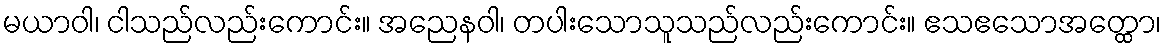
မယာဝါ၊ ငါသည်လည်းကောင်း။ အညေနဝါ၊ တပါးသောသူသည်လည်းကောင်း။ ဧသဧသောအတ္ထော၊